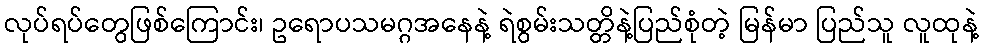
လုပ်ရပ်တွေဖြစ်ကြောင်း၊ ဥရောပသမဂ္ဂအနေနဲ့ ရဲစွမ်းသတ္တိနဲ့ပြည်စုံတဲ့ မြန်မာ ပြည်သူ လူထုနဲ့